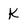
Character: k